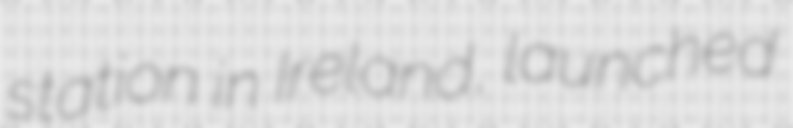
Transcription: station in Ireland, launched